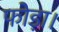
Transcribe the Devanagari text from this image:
फोड़ा।